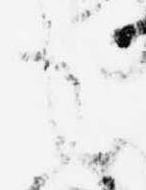
も